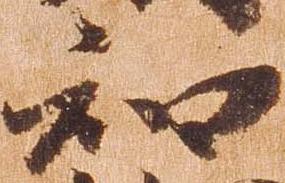
知